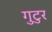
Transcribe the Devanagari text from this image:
गुटुर